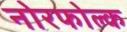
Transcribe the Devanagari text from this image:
नोरफोल्क